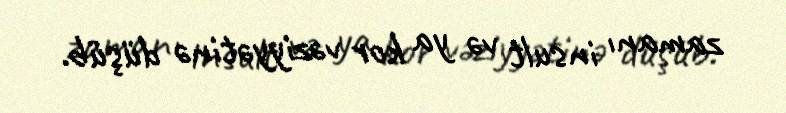
zamanı insult və ya kor vəziyyətinə düşüb.